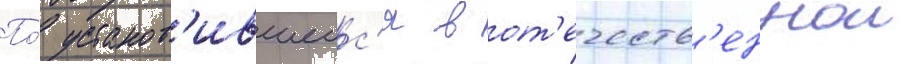
По́ установ'ившеис'я в от'ечеств'еннои